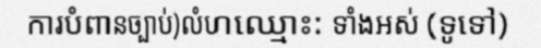
ការបំពានច្បាប់)លំហឈ្មោះ: ទាំងអស់ (ទូទៅ)